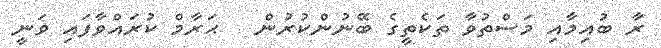
ރާ ބުއިމާއި މަސްތުވާ ތަކެތީގެ ބޭނުންކުރުން   ޙަރާމް ކުރައްވާފައި ވަނީ